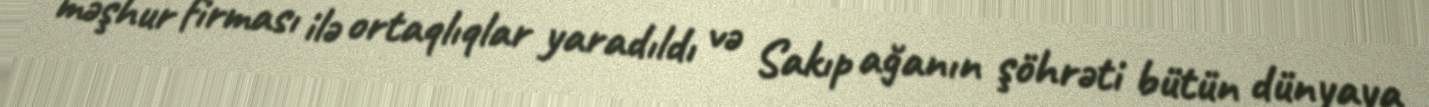
məşhur firması ilə ortaqlıqlar yaradıldı və Sakıp ağanın şöhrəti bütün dünyaya